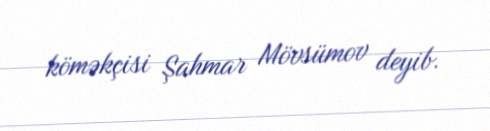
köməkçisi Şahmar Mövsümov deyib.